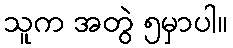
သူက အတွဲ ၅မှာပါ။